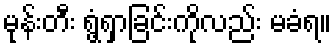
မုန်းတီး ရွံ့ရှာခြင်းကိုလည်း မခံရ။